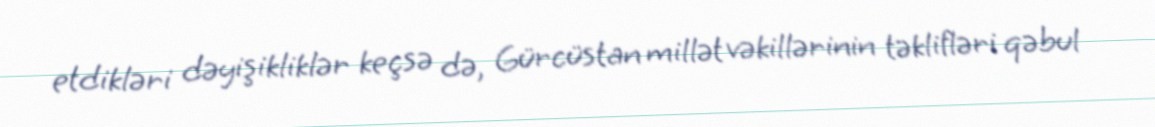
etdikləri dəyişikliklər keçsə də, Gürcüstan millət vəkillərinin təklifləri qəbul